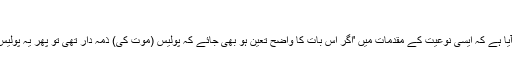
'
ان کا کہنا تھا کہ ان کے مشاہدے میں آیا ہے کہ ایسی نوعیت کے مقدمات میں 'اگر اس بات کا واضح تعین ہو بھی جائے کہ پولیس (موت کی) ذمہ دار تھی تو پھر یہ پولیس آرڈر کے تحت کارروائی کرتے ہیں۔